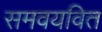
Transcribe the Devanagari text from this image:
समवयवित